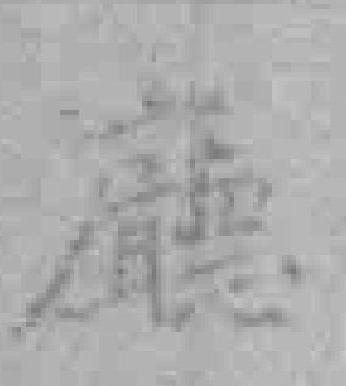
廳